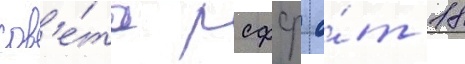
сов'е́та рсфср о́т 18